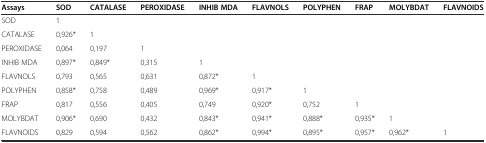
| Assays | SOD | CATALASE | PEROXIDASE | INHIB MDA | FLAVNOLS | POLYPHEN | FRAP | MOLYBDAT | FLAVNOIDS |
 | --- | --- | --- | --- | --- | --- | --- | --- | --- | --- |
 | SOD | 1 |  |  |  |  |  |  |  |  |
 | CATALASE | 0,926* | 1 |  |  |  |  |  |  |  |
 | PEROXIDASE | 0,064 | 0,197 | 1 |  |  |  |  |  |  |
 | INHIB MDA | 0,897* | 0,849* | 0,315 | 1 |  |  |  |  |  |
 | FLAVNOLS | 0,793 | 0,565 | 0,631 | 0,872* | 1 |  |  |  |  |
 | POLYPHEN | 0,858* | 0,758 | 0,489 | 0,969* | 0,917* | 1 |  |  |  |
 | FRAP | 0,817 | 0,556 | 0,405 | 0,749 | 0,920* | 0,752 | 1 |  |  |
 | MOLYBDAT | 0,906* | 0,690 | 0,432 | 0,843* | 0,941* | 0,888* | 0,935* | 1 |  |
 | FLAVNOIDS | 0,829 | 0,594 | 0,562 | 0,862* | 0,994* | 0,895* | 0,957* | 0,962* | 1 |